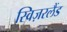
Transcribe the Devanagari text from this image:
स्विज़रलैंड